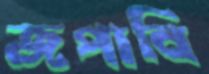
জপাবি